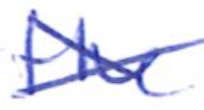
Text: the
Cross-out: cross
Writing tool: ballpoint